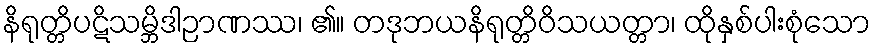
နိရုတ္တိပဋိသမ္ဘိဒါဉာဏဿ၊ ၏။ တဒုဘယနိရုတ္တိဝိသယတ္တာ၊ ထိုနှစ်ပါးစုံသော